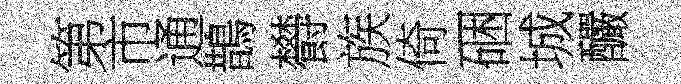
第市通鵲欎族倚硱城釅